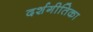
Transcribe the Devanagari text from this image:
दर्शगीतिका